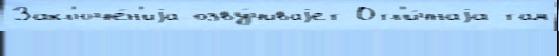
Закл'юче́н'иjа озву́чиваjет Отл'и́чнаjа там